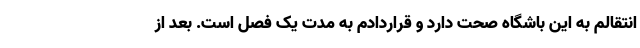
انتقالم به این باشگاه صحت دارد و قراردادم به مدت یک فصل است. بعد از